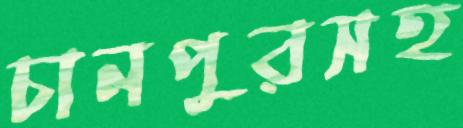
চানপুরসহ